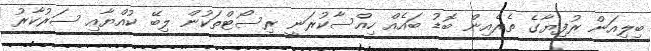
ބިލިއަން ރުފިޔާގެ ތެރެއިން ބޮޑު ބައެއް ހިއްސާކުރަނީ ރިސޯޓްތަކުން ލިބޭ ކުއްޔާއި ސަރުކާރު